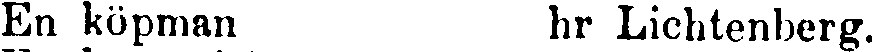
En köpman hr Lichtenberg.